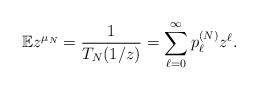
\begin{align*}\mathbb{E} z^{\mu_{N}} = \frac{1}{T_{N}(1/z)} = \sum_{\ell=0}^{\infty} p_{\ell}^{(N)} z^{\ell}.\end{align*}